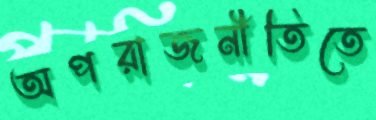
অপরাজনীতিতে